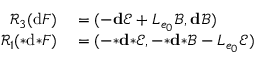
\begin{array} { r l } { \mathcal { R } _ { 3 } ( \mathrm { d } F ) } & { { } = ( - \mathbf { d } \mathscr { E } + L _ { e _ { 0 } } \mathscr { B } , \mathbf { d } \mathscr { B } ) } \\ { \mathcal { R } _ { 1 } ( { * } \mathrm { d } { * } F ) } & { { } = ( - { \boldsymbol { * } } \mathbf { d } { \boldsymbol { * } } \mathscr { E } , - { \boldsymbol { * } } \mathbf { d } { \boldsymbol { * } } \mathscr { B } - L _ { e _ { 0 } } \mathscr { E } ) } \end{array}